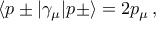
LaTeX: \langle p \pm | \gamma _ { \mu } | p \pm \rangle = 2 p _ { \mu } \, ,